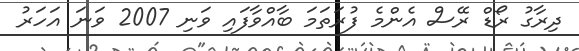
ދިރާގު ރޯޑް ރޭސް އެންމެ ފުރަތަމަ ބާއްވާފައި ވަނި 2007 ވަނަ އަހަރު